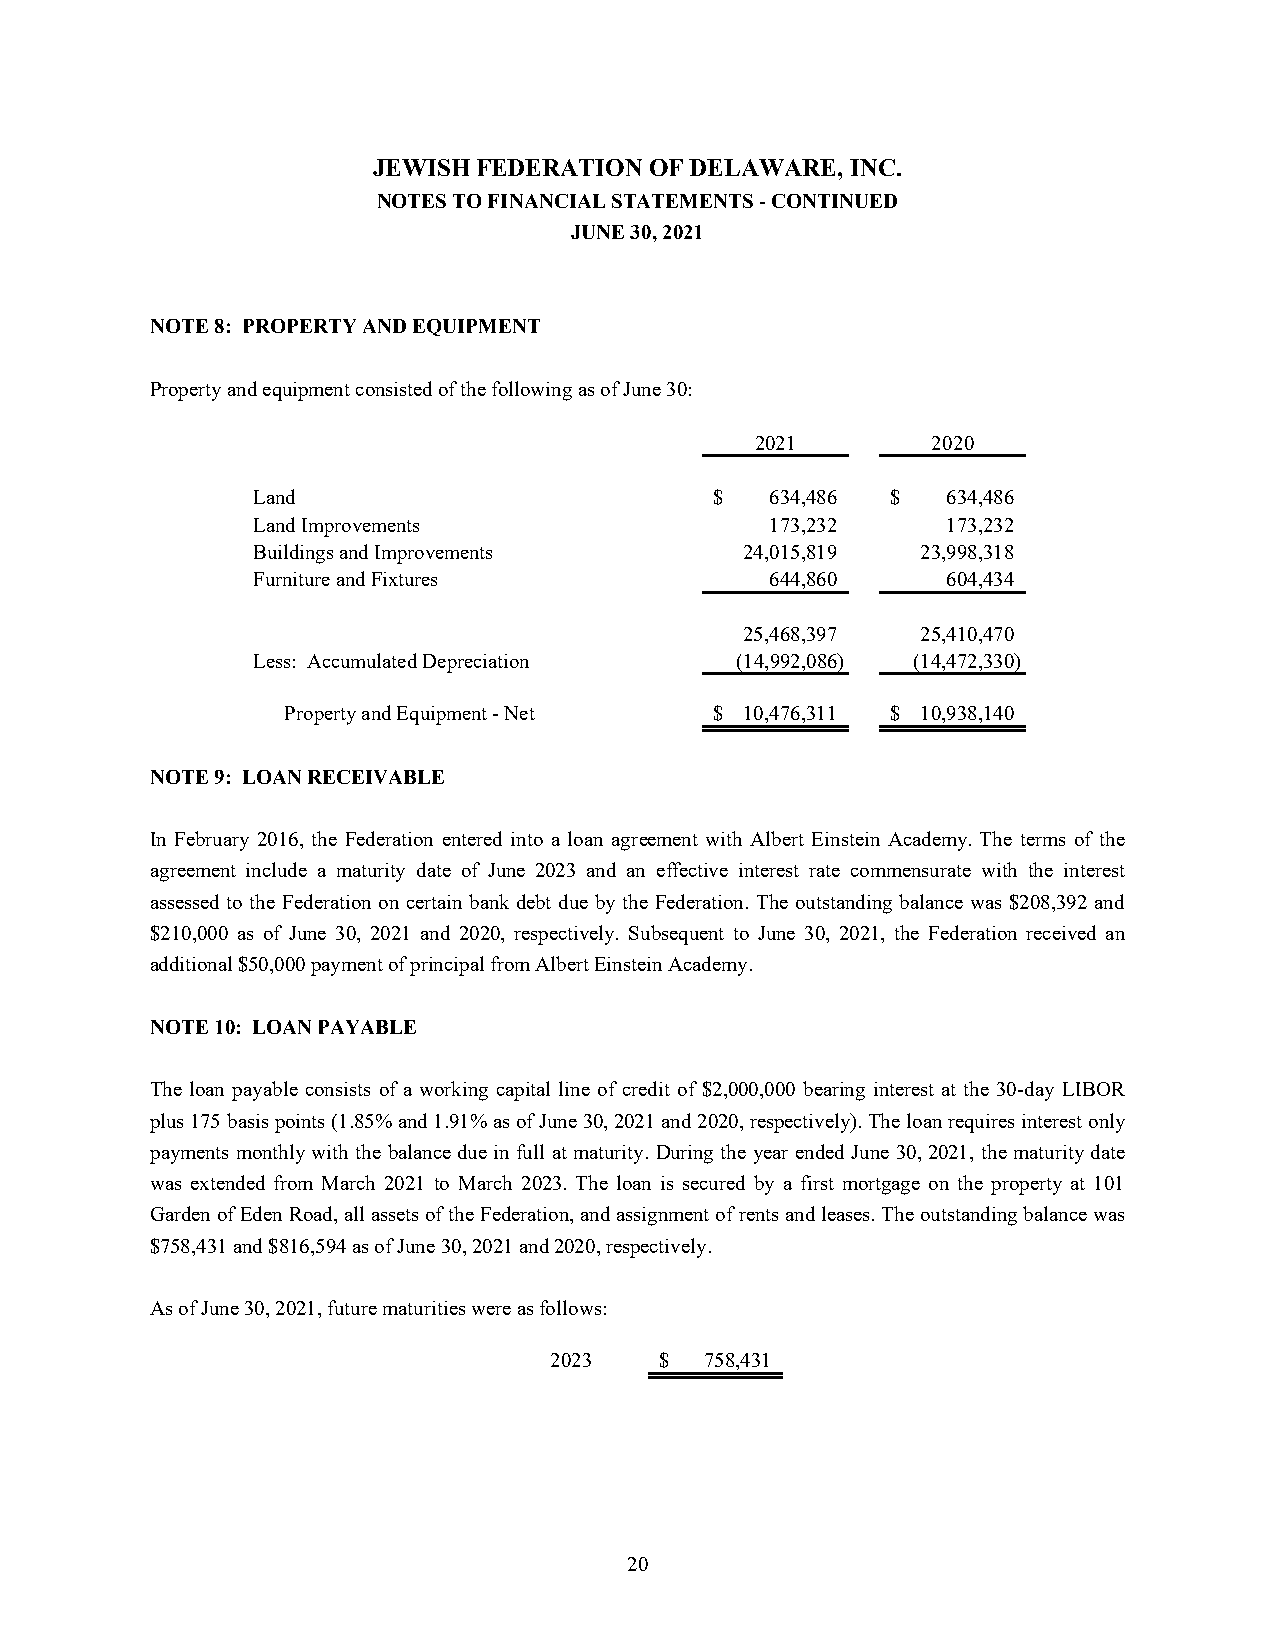
JEWISH FEDERATION OF DELAWARE, INC.
 NOTES TO FINANCIAL STATEMENTS - CONTINUED
 JUNE 30, 2021
 NOTE 8: PROPERTY AND EQUIPMENT
 Property and equipment consisted of the following as of June 30:
 2021        2020
 Land                          $   634,486 $   634,486
 Land Improvements                 173,232     173,232
 Buildings and Improvements      24,015,819  23,998,318
 Furniture and Fixtures            644,860     604,434
 25,468,397  25,410,470
 Less: Accumulated Depreciation  (14,992,086) (14,472,330)
 Property and Equipment - Net $ 10,476,311 $ 10,938,140
 NOTE 9: LOAN RECEIVABLE
 In February 2016, the Federation entered into a loan agreement with Albert Einstein Academy. The terms of the
 agreement include a maturity date of June 2023 and an effective interest rate commensurate with the interest
 assessed to the Federation on certain bank debt due by the Federation. The outstanding balance was $208,392 and
 $210,000 as of June 30, 2021 and 2020, respectively. Subsequent to June 30, 2021, the Federation received an
 additional $50,000 payment of principal from Albert Einstein Academy.
 NOTE 10: LOAN PAYABLE
 The loan payable consists of a working capital line of credit of $2,000,000 bearing interest at the 30-day LIBOR
 plus 175 basis points (1.85% and 1.91% as of June 30, 2021 and 2020, respectively). The loan requires interest only
 payments monthly with the balance due in full at maturity. During the year ended June 30, 2021, the maturity date
 was extended from March 2021 to March 2023. The loan is secured by a first mortgage on the property at 101
 Garden of Eden Road, all assets of the Federation, and assignment of rents and leases. The outstanding balance was
 $758,431 and $816,594 as of June 30, 2021 and 2020, respectively.
 As of June 30, 2021, future maturities were as follows:
 2023    $  758,431
 20